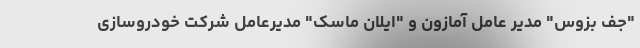
"جف بزوس" مدیر‌ ‌عامل آمازون و "ایلان ماسک" مدیر‌‌عامل شرکت خودروسازی